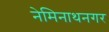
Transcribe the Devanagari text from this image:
नेमिनाथनगर